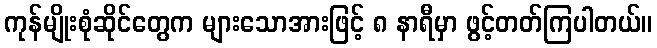
ကုန်မျိုးစုံဆိုင်တွေက များသောအားဖြင့် ၈ နာရီမှာ ဖွင့်တတ်ကြပါတယ်။